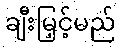
ချီးမြှင့်မည်